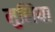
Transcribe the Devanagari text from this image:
मुलिया